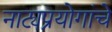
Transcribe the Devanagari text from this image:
नाट्यप्रयोगांचे